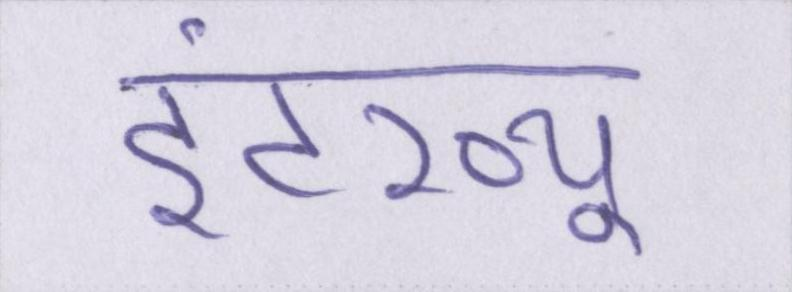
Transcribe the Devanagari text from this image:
इंटरव्यू